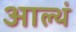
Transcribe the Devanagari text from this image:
आल्थं